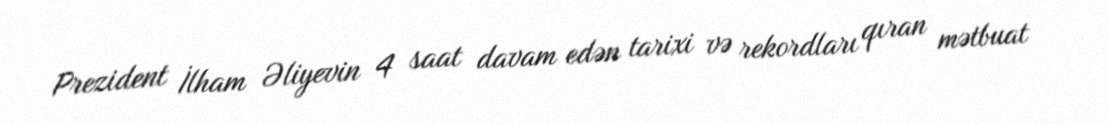
Prezident İlham Əliyevin 4 saat davam edən tarixi və rekordları qıran mətbuat